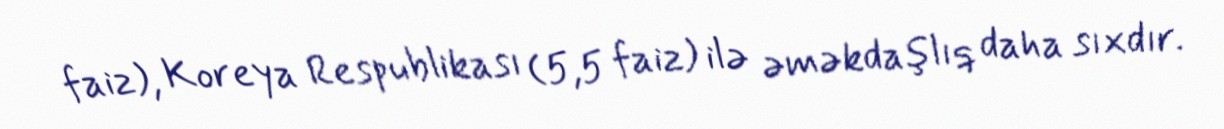
faiz), Koreya Respublikası (5,5 faiz) ilə əməkdaşlıq daha sıxdır.